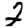
Digit: 2